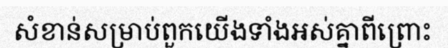
សំខាន់សម្រាប់ពួកយើងទាំងអស់គ្នាពីព្រោះ